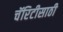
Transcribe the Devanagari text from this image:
चॅरिटीसाठी